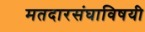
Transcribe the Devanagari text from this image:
मतदारसंघाविषयी